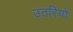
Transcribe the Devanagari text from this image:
उतरियो